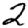
Digit: 2